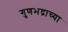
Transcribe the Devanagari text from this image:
गुणभद्राच्या